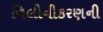
વિલીનીકરણની